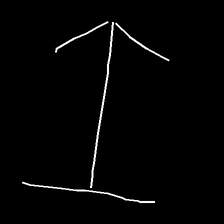
Glyph: levitation